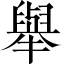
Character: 舉